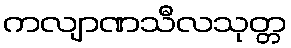
ကလျာဏသီလသုတ္တ